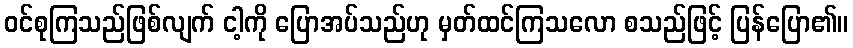
ဝင်စုကြသည်ဖြစ်လျက် ငါ့ကို ပြောအပ်သည်ဟု မှတ်ထင်ကြသလော စသည်ဖြင့် ပြန်ပြော၏။